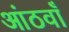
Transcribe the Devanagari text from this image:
आंठवाँ